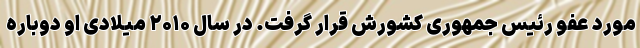
مورد عفو رئیس جمهوری کشورش قرار گرفت. در سال ۲۰۱۰ میلادی او دوباره